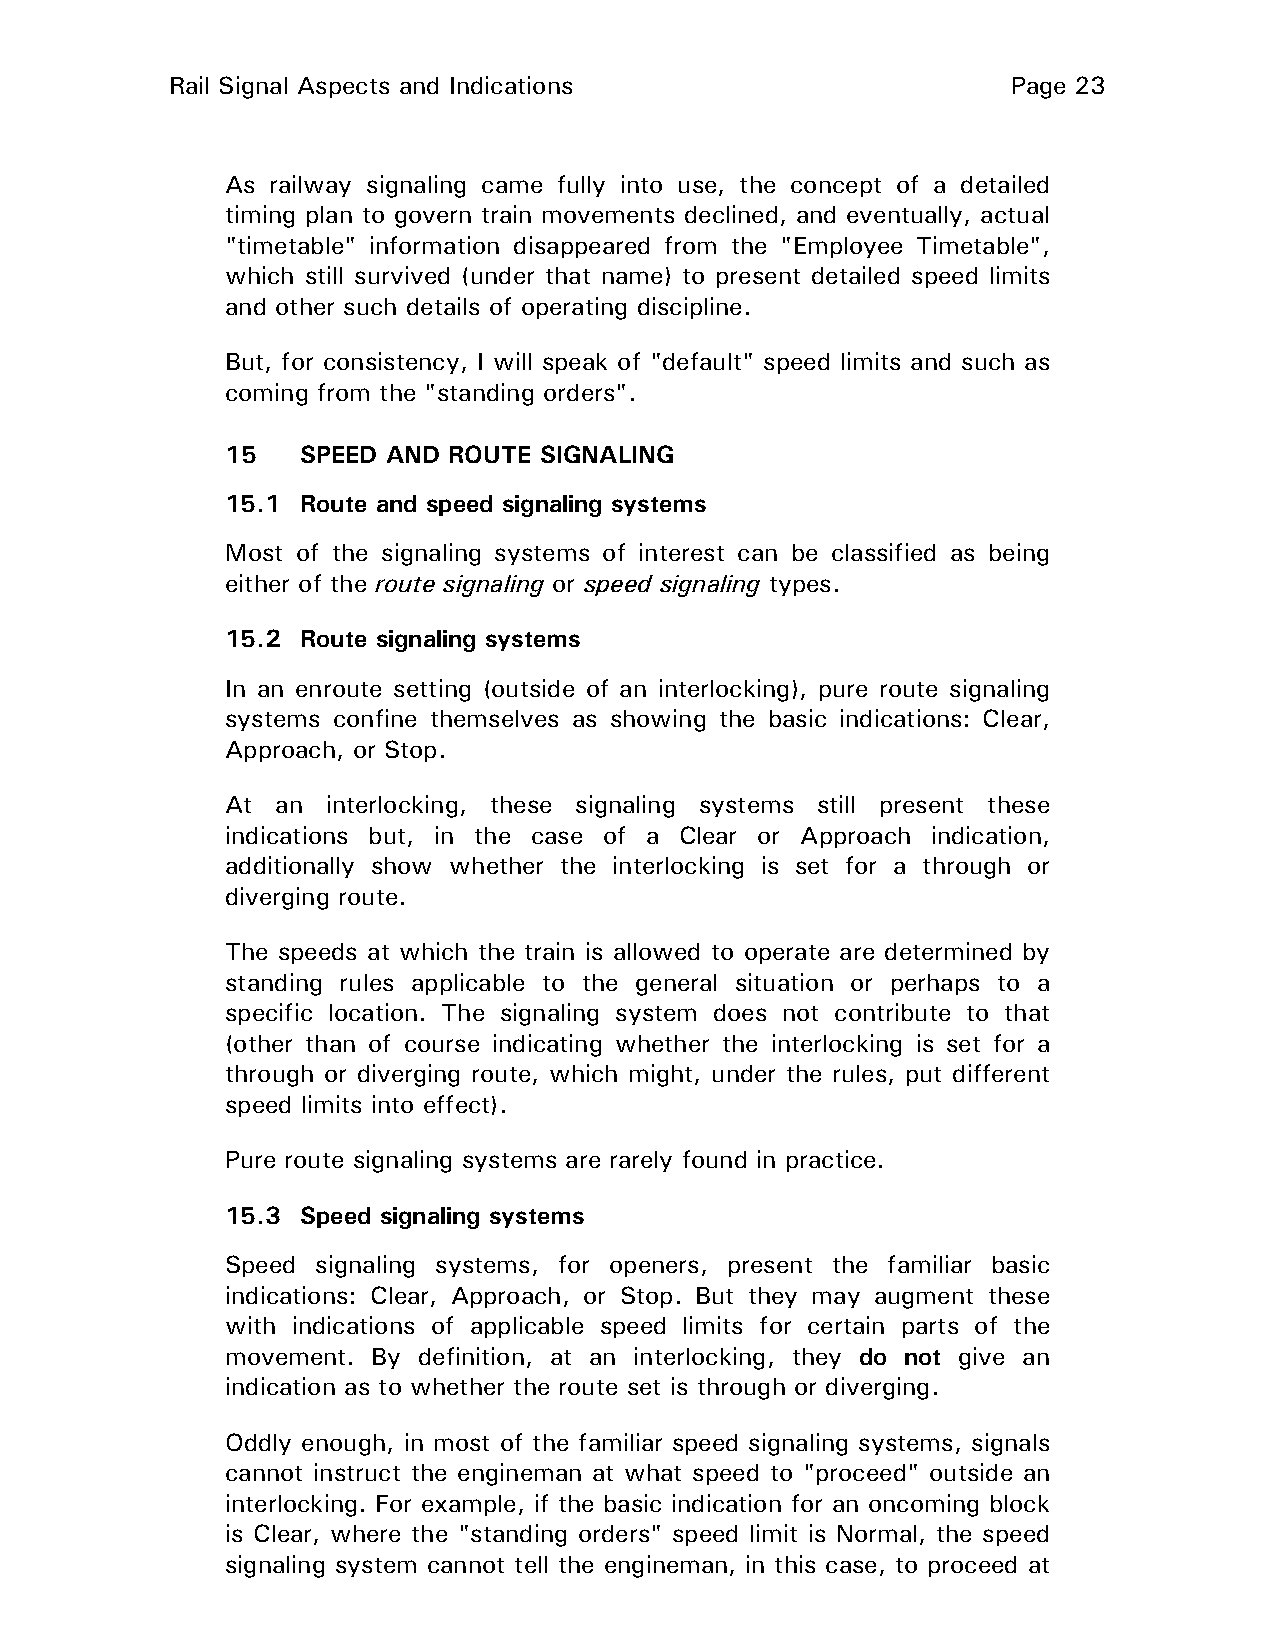
Rail Signal Aspects and Indications                     Page 23
 As railway signaling came fully into use, the concept of a detailed
 timing plan to govern train movements declined, and eventually, actual
 "timetable" information disappeared from the "Employee Timetable",
 which still survived (under that name) to present detailed speed limits
 and other such details of operating discipline.
 But, for consistency, I will speak of "default" speed limits and such as
 coming from the "standing orders".
 15   SPEED AND ROUTE SIGNALING
 15.1 Route and speed signaling systems
 Most of the signaling systems of interest can be classified as being
 either of the route signaling or speed signaling types.
 15.2 Route signaling systems
 In an enroute setting (outside of an interlocking), pure route signaling
 systems confine themselves as showing the basic indications: Clear,
 Approach, or Stop.
 At an  interlocking, these signaling systems still present these
 indications but, in the case of a Clear or Approach indication,
 additionally show whether the interlocking is set for a through or
 diverging route.
 The speeds at which the train is allowed to operate are determined by
 standing rules applicable to the general situation or perhaps to a
 specific location. The signaling system does not contribute to that
 (other than of course indicating whether the interlocking is set for a
 through or diverging route, which might, under the rules, put different
 speed limits into effect).
 Pure route signaling systems are rarely found in practice.
 15.3 Speed signaling systems
 Speed signaling systems, for openers, present the familiar basic
 indications: Clear, Approach, or Stop. But they may augment these
 with indications of applicable speed limits for certain parts of the
 movement. By definition, at an interlocking, they do not give an
 indication as to whether the route set is through or diverging.
 Oddly enough, in most of the familiar speed signaling systems, signals
 cannot instruct the engineman at what speed to "proceed" outside an
 interlocking. For example, if the basic indication for an oncoming block
 is Clear, where the "standing orders" speed limit is Normal, the speed
 signaling system cannot tell the engineman, in this case, to proceed at